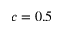
c = 0 . 5